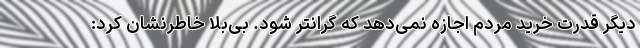
دیگر قدرت خرید مردم اجازه نمی‌دهد که گرانتر شود. بی‌بلا خاطرنشان کرد: